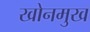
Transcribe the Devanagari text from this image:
खोनमुख